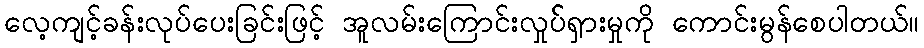
လေ့ကျင့်ခန်းလုပ်ပေးခြင်းဖြင့် အူလမ်းကြောင်းလှုပ််ရှားမှုကို ကောင်းမွန်စေပါတယ်။